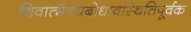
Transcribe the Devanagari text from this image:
शिवात्मैक्यबोधावस्थितिपूर्वक